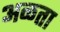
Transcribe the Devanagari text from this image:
अळता